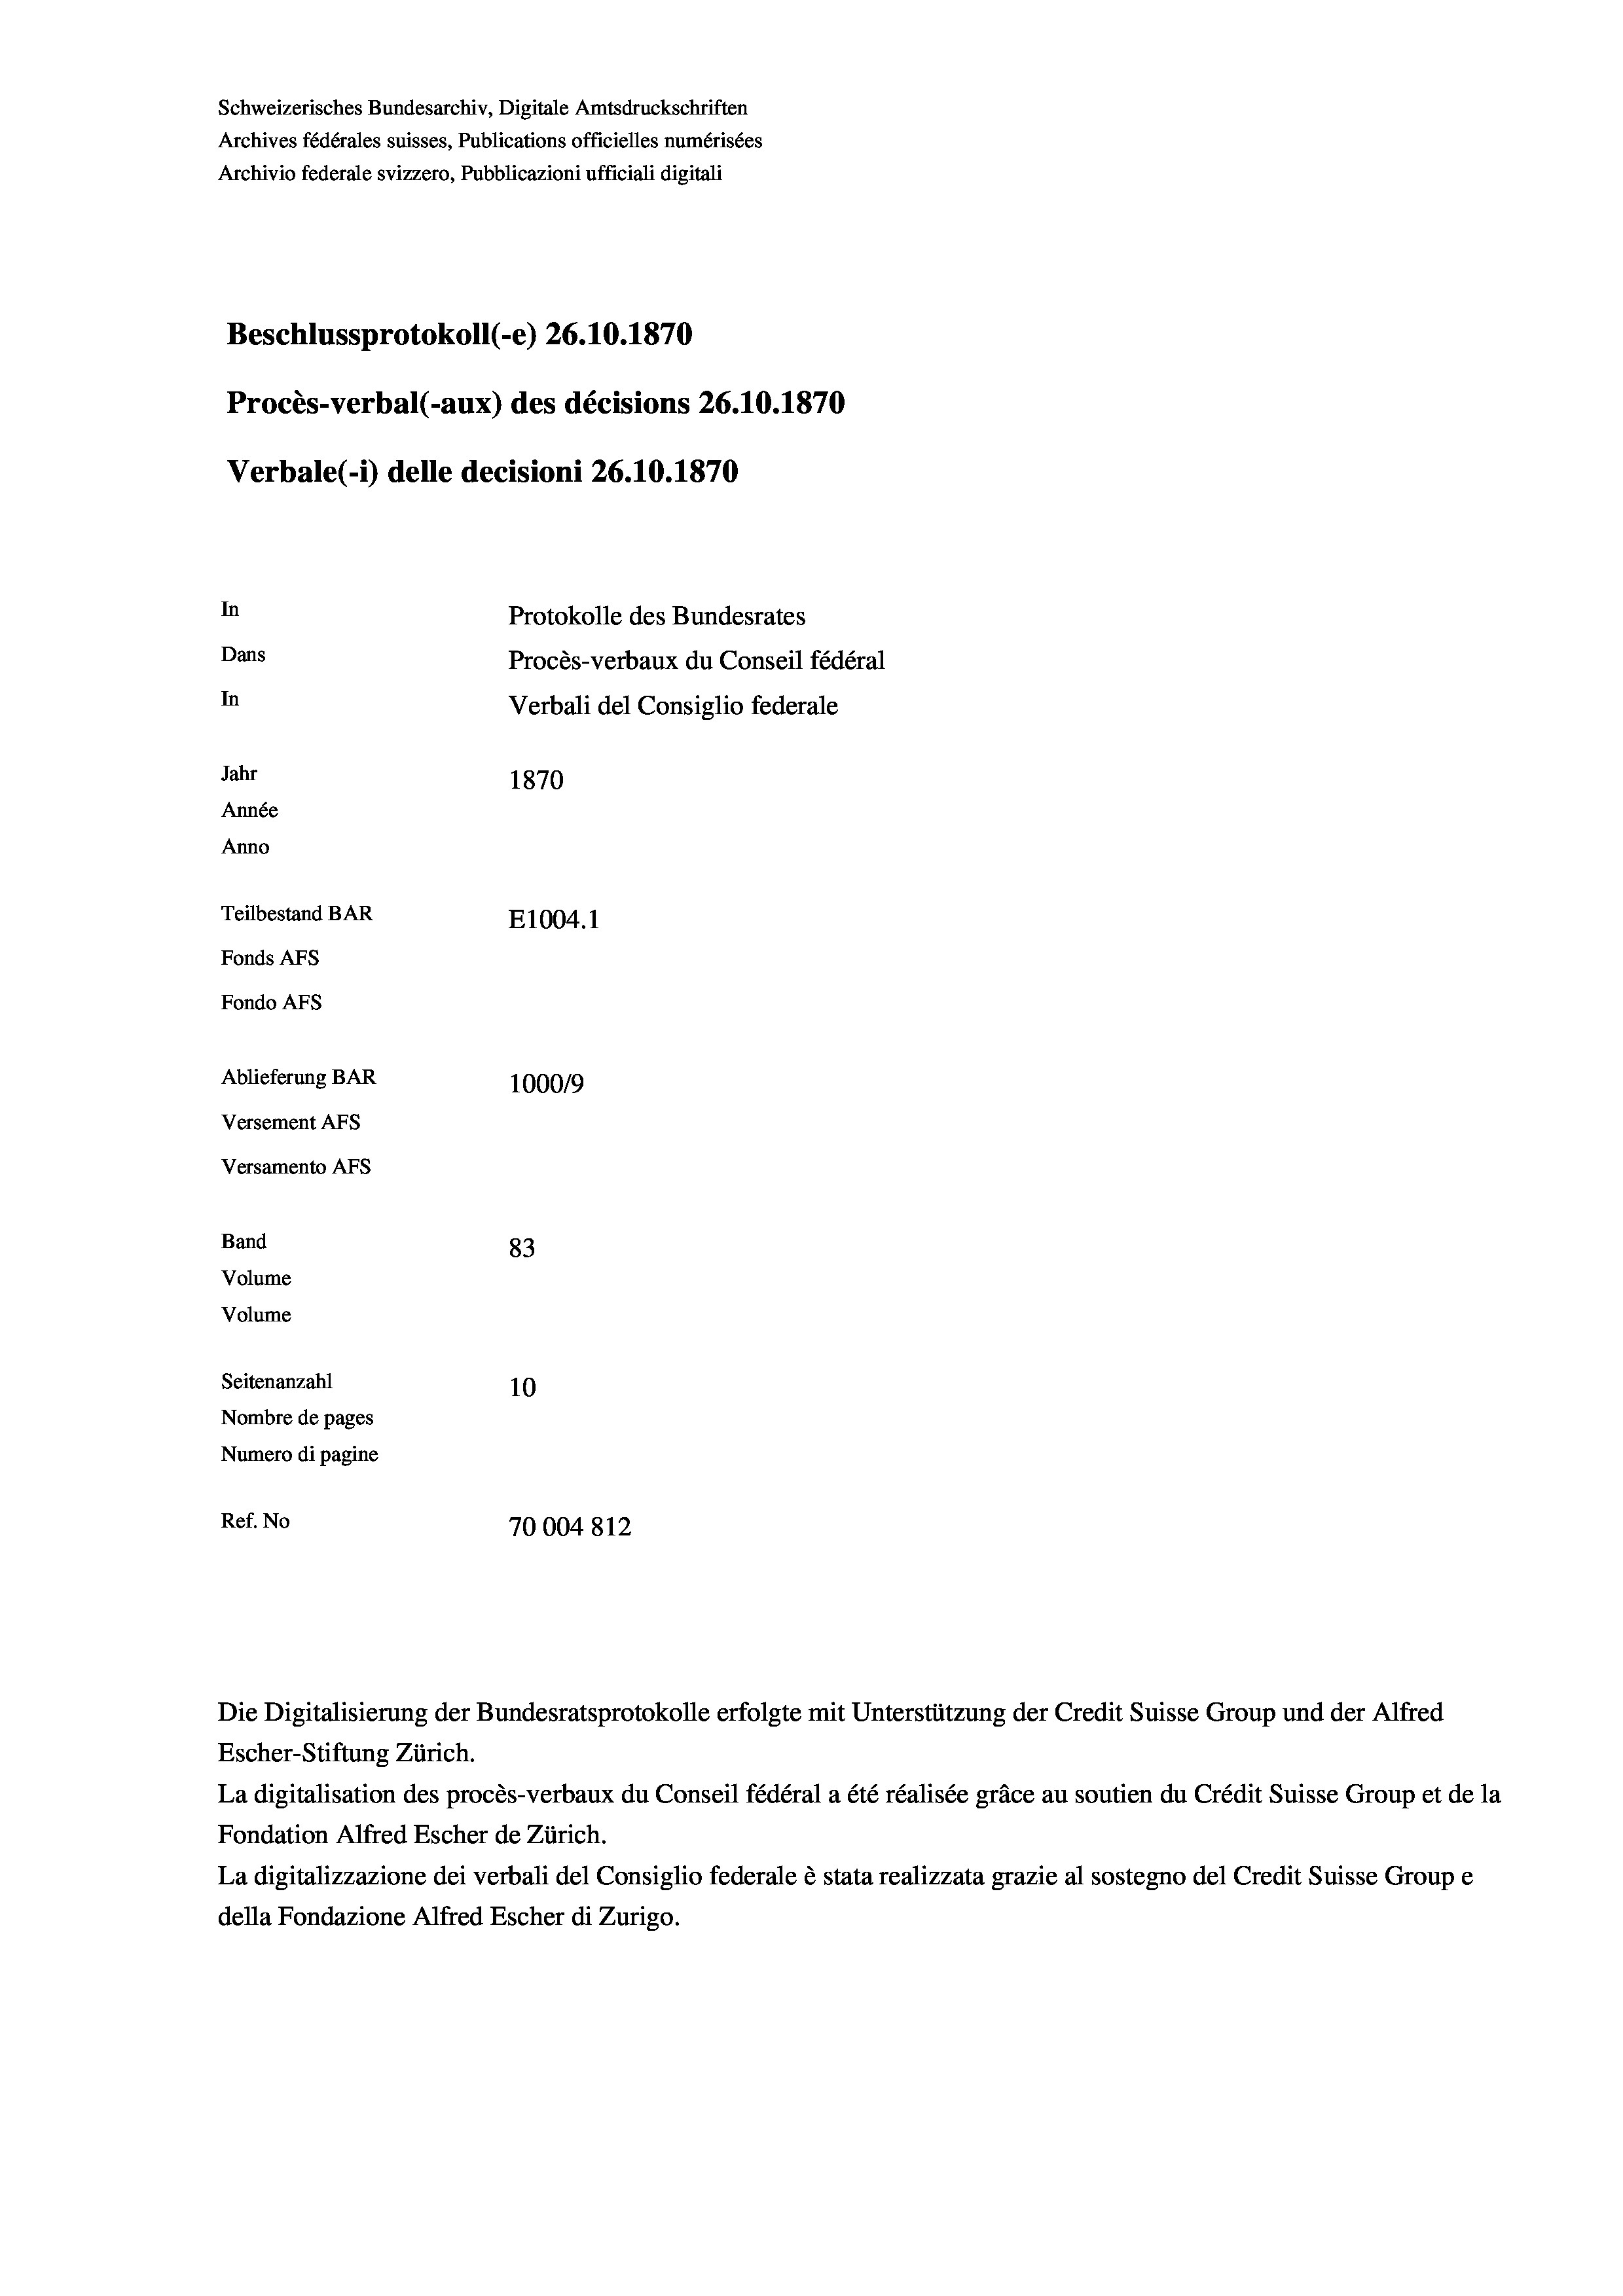
Schweizerisches Bundesarchiv, Digitale Amtsdruckschriften
Archives fédérales suisses, Publications officielles numérisées
Archivio federale svizzero, Pubblicazioni ufficiali digitali
Beschlussprotokoll (-e) 26.10.1870
Procès-verbal (-aux) des décisions 26.10.1870
Verbale (1) delle decisioni 26.10.1870
In
Protokolle des Bundesrates
Dans
Procès-verbaux du Conseil fédéral
In
Verbali del Consiglio federale
Jahr
1870
Année
Anno
Teilbestand BAR
E1004.1
Fonds Afs
Fondo AFs
Ablieferung BAR
1000/9
Versement Abs
Versamento Afs
Band
83
Volume
Volume
Seitenanzahl
10
Nombre de pages
Numero di pagine
Ref. No
70004812

La digitalisation des procès-verbaux du Conseil fédéral a été réalisée gräce au soutien du Crédit Suisse Group et de la
Fondation Alfred Escher de Zürich.
La digitalizzazione dei verbali del Consiglio federale è stata realizzata grazie al sostegno del Credit Suisse Groupe
della Fondazione Alfred Escher di Zurigo.

Die Digitalisierung der Bundesratsprotokolle erfolgte mit Unterstützung der Credit Suisse Group und der Alfred
Escher-Stiftung Zürich.